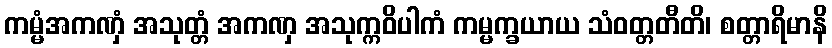
ကမ္မံအကဏှံ အသုတ္တံ အကဏှ အသုက္ကဝိပါကံ ကမ္မက္ခယာယ သံဝတ္တတီတိ၊ စတ္တာရိမာနိ